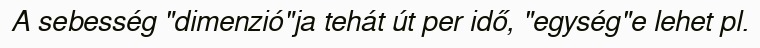
A sebesség "dimenzió"ja tehát út per idő, "egység"e lehet pl.